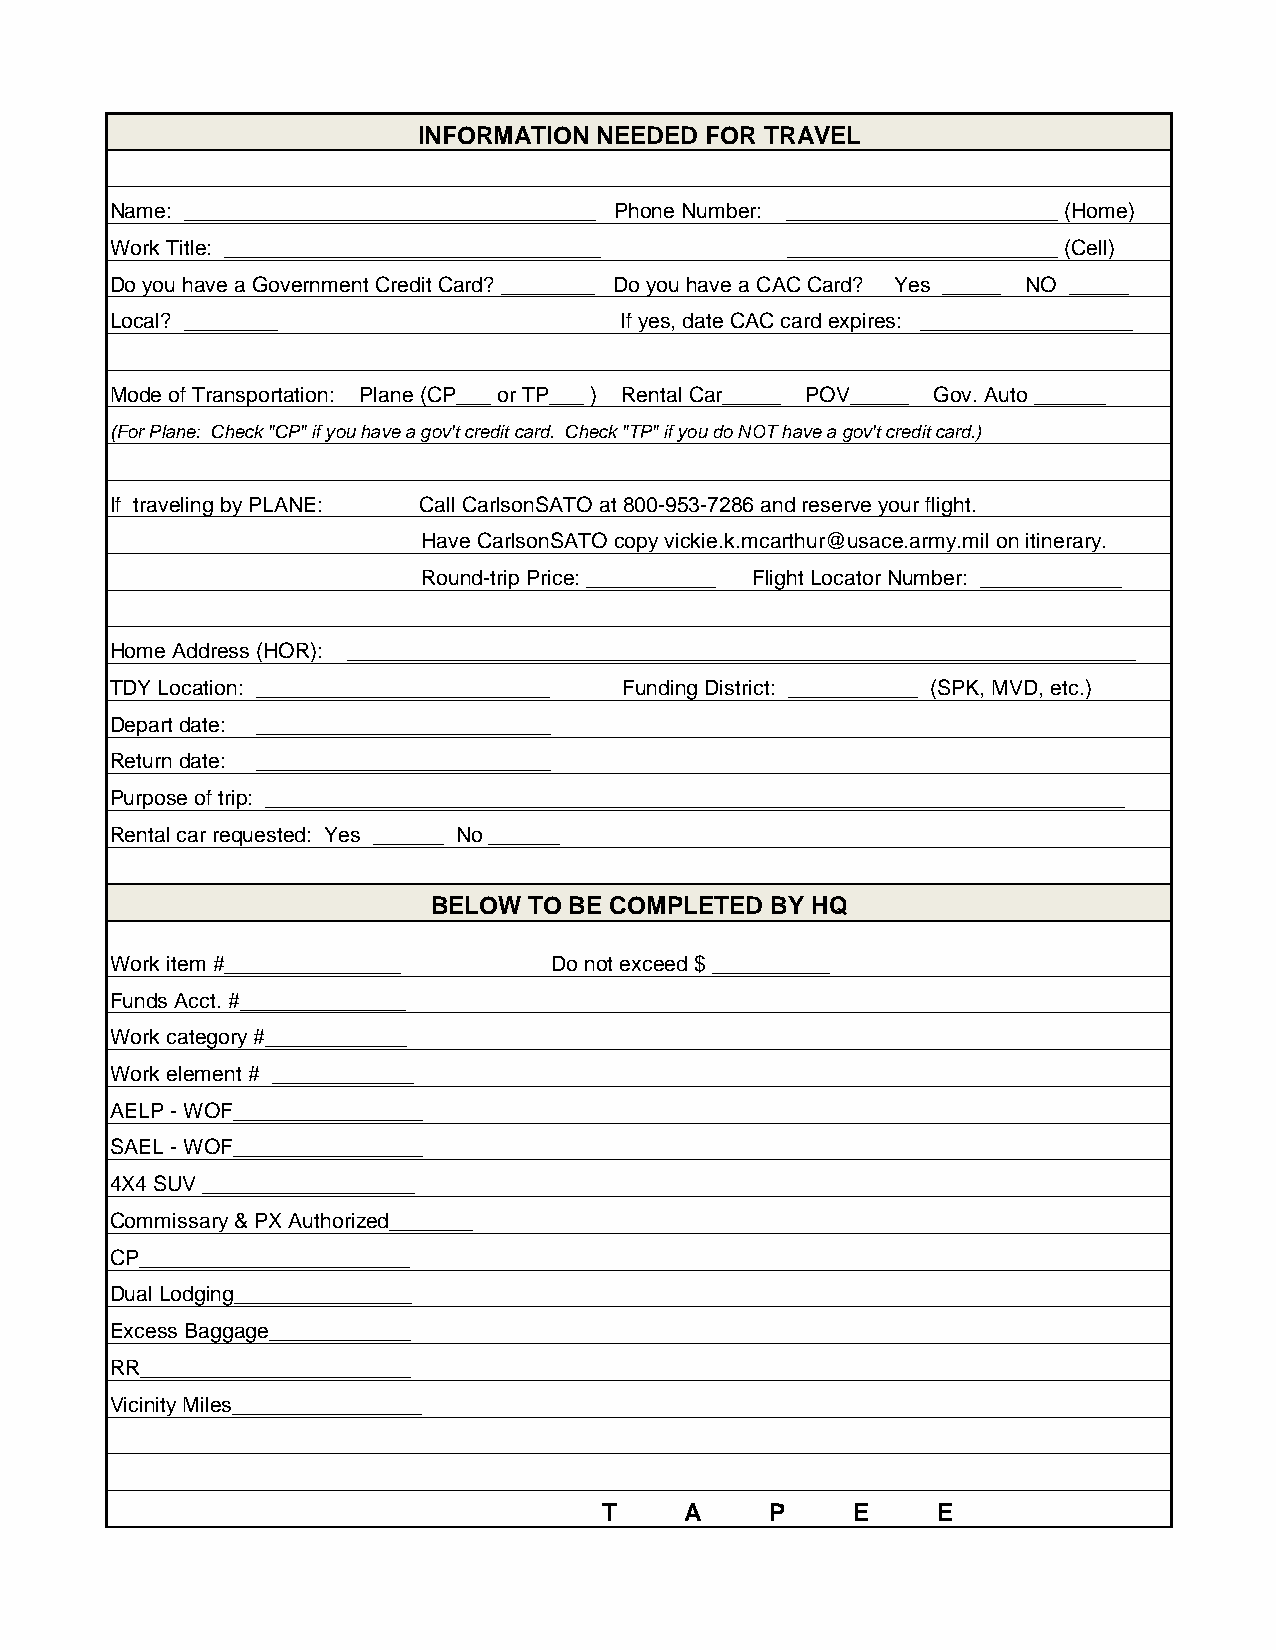
INFORMATION NEEDED FOR TRAVEL
 Name: ___________________________________ Phone Number: _______________________ (Home)
 Work Title: ________________________________ _______________________ (Cell)
 Do you have a Government Credit Card? ________ Do you have a CAC Card? Yes _____ NO _____
 Local? ________                  If yes, date CAC card expires: __________________
 Mode of Transportation: Plane (CP___ or TP___ ) Rental Car_____ POV_____ Gov. Auto ______
 (For Plane: Check "CP" if you have a gov't credit card. Check "TP" if you do NOT have a gov't credit card.)
 If traveling by PLANE: Call CarlsonSATO at 800-953-7286 and reserve your flight.
 Have CarlsonSATO copy vickie.k.mcarthur@usace.army.mil on itinerary.
 Round-trip Price: ___________ Flight Locator Number: ____________
 Home Address (HOR): ___________________________________________________________________
 TDY Location: _________________________ Funding District: ___________ (SPK, MVD, etc.)
 Depart date: _________________________
 Return date: _________________________
 Purpose of trip: _________________________________________________________________________
 Rental car requested: Yes ______ No ______
 BELOW TO BE COMPLETED BY HQ
 Work item #_______________   Do not exceed $ __________
 Funds Acct. #______________
 Work category #____________
 Work element # ____________
 AELP - WOF________________
 SAEL - WOF________________
 4X4 SUV __________________
 Commissary & PX Authorized_______
 CP_______________________
 Dual Lodging_______________
 Excess Baggage____________
 RR_______________________
 Vicinity Miles________________
 T     A    P     E    E